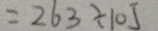
= 2 6 3 \div 1 0 5